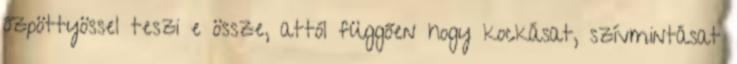
őzpöttyössel teszi e össze, attól függően hogy kockásat, szívmintásat